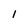
Character: 1